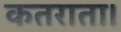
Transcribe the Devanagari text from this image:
कतराता।